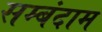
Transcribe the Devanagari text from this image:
सम्बंदाम